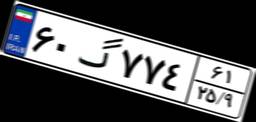
۶۰گ۷۷۴۶۱